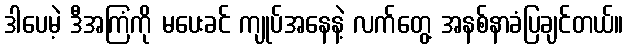
ဒါပေမဲ့ ဒီအကြံကို မပေးခင် ကျုပ်အနေနဲ့ လက်တွေ့ အနစ်နာခံပြချင်တယ်။